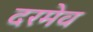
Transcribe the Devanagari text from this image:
दरमेव